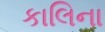
કાલિના